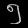
Digit: ၅